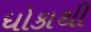
ધોકાથી